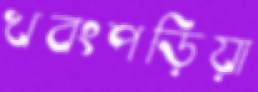
খবংপড়িয়া